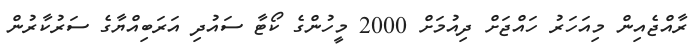
ރާއްޖެއިން މިއަހަރު ހައްޖަށް ދިއުމަށް 2000 މީހުންގެ ކޯޓާ ސައުދި އަރަބިއްޔާގެ ސަރުކާރުން